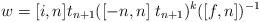
LaTeX: \begin{align*} w = [ i,n ] t_{n+1}( [ -n,n ] \; t_{n+1} )^k ([ f,n ] )^{-1} \end{align*}